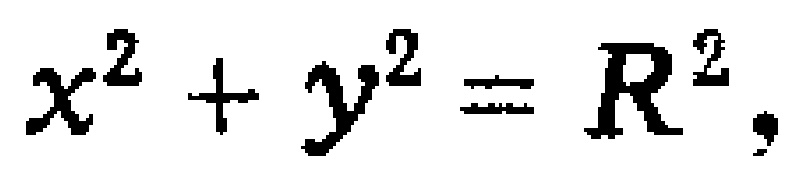
$x^{2}+y^{2}=R^{2},$